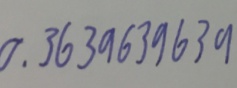
0 . 3 6 3 9 6 3 9 6 3 9